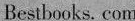
Bestbooks. com